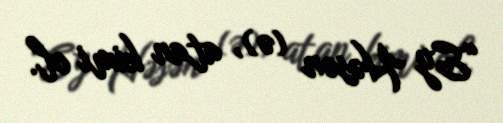
“Ey Həsən (ə), atan kimi ol.